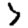
Digit: 7